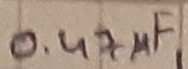
Text: 0.47µF